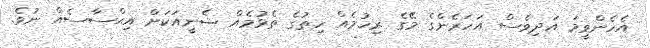
އެހެންވީމަ އަދިވެސް އަހަރެންގެ މޭގެ ރިހުމެއް ހިތުގެ ތެޅުމެއް ޝެނީއަކަށް އިޙްސާސެއް ނުވެ.